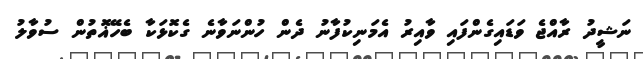
ނަޝީދު ރާއްޖެ ވަޑައިގެންފައި ވާއިރު އެމަނިކުފާނު ދެން ހުންނަވާނެ ގެކޮޅަކާ ބެހޭޣޮތުން ސުވާލު